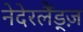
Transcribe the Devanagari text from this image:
नेदेरलैंड्ज़